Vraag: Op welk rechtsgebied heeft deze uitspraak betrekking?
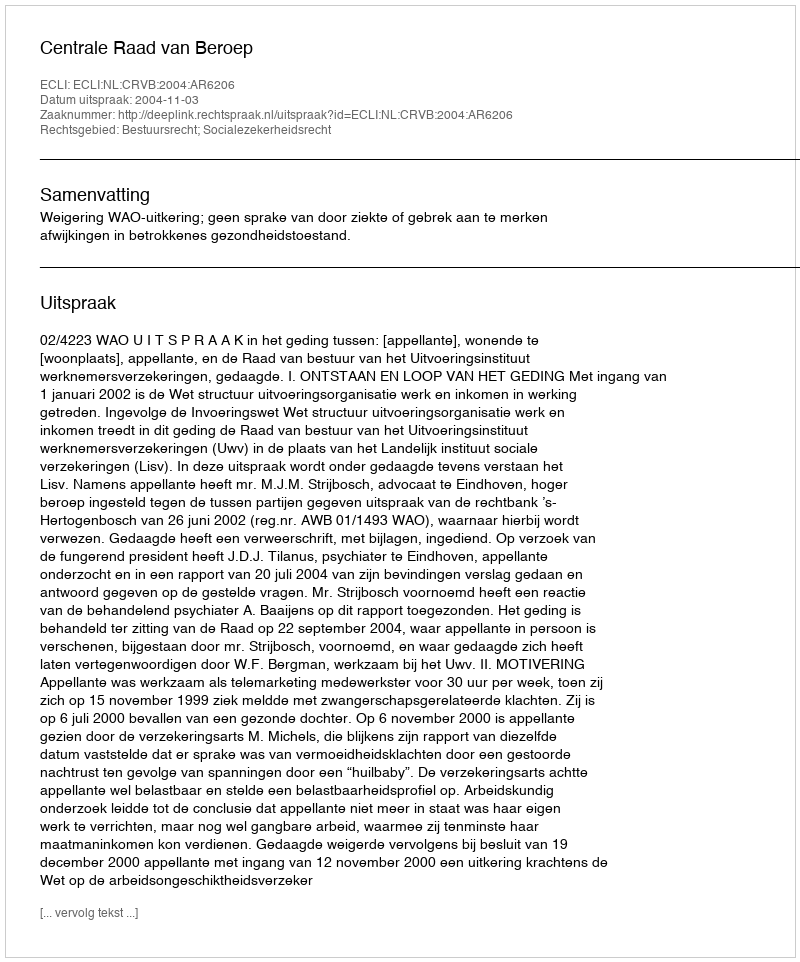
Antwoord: Bestuursrecht; Socialezekerheidsrecht